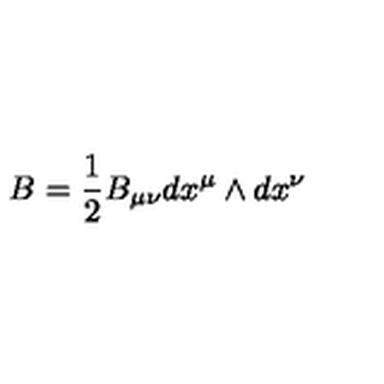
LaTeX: B = \frac { 1 } { 2 } B _ { \mu \nu } d x ^ { \mu } \wedge d x ^ { \nu }